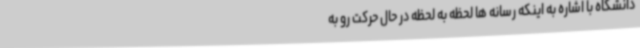
دانشگاه با اشاره به اینکه رسانه ها لحظه به لحظه در حال حرکت رو به